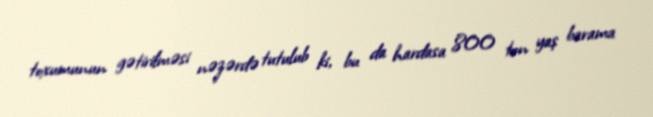
toxumunun gətirilməsi nəzərdə tutulub ki, bu da hardasa 800 ton yaş barama